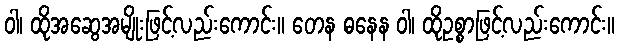
ဝါ၊ ထိုအဆွေအမျိုးဖြင့်လည်းကောင်း။ တေန ဓနေန ဝါ၊ ထိုဥစ္စာဖြင့်လည်းကောင်း။